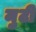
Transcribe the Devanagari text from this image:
मुटी